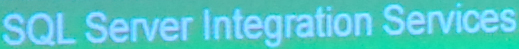
SQL Server Integration Services